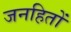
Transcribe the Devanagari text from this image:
जनहितों